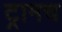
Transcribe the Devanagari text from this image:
ट्रामच